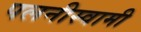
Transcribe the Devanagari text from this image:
पलनीस्वामी